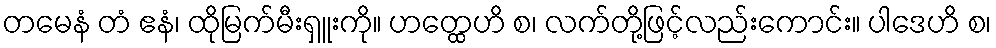
တမေနံ တံ ဧနံ၊ ထိုမြက်မီးရှူးကို။ ဟတ္ထေဟိ စ၊ လက်တို့ဖြင့်လည်းကောင်း။ ပါဒေဟိ စ၊